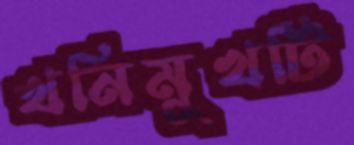
খনিমুখটি